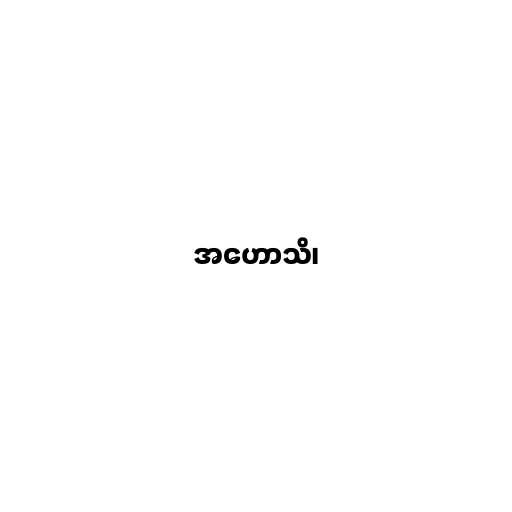
အဟောသိ၊